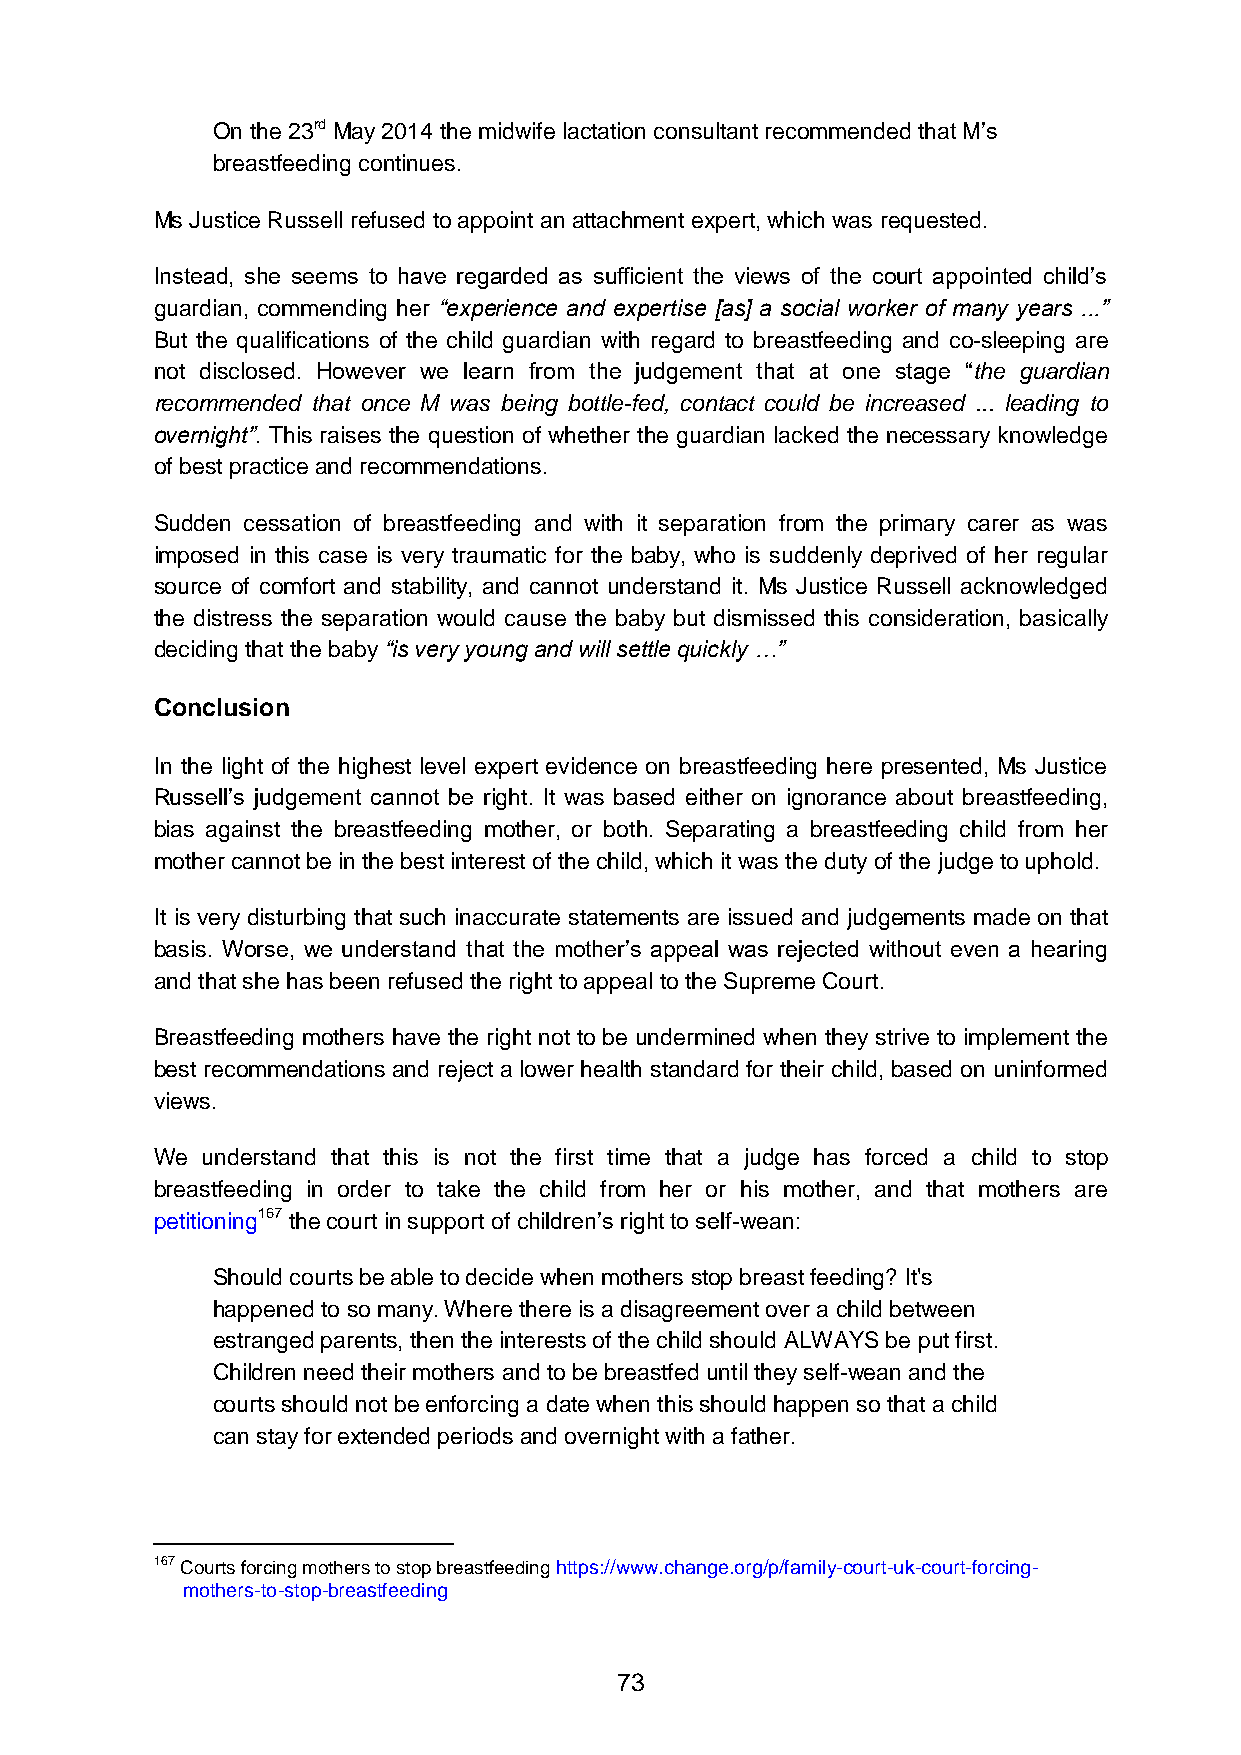
On the 23rd May 2014 the midwife lactation consultant recommended that M’s
 breastfeeding continues.
 Ms Justice Russell refused to appoint an attachment expert, which was requested.
 Instead, she seems to have regarded as sufficient the views of the court appointed child’s
 guardian, commending her “experience and expertise [as] a social worker of many years ...”
 But the qualifications of the child guardian with regard to breastfeeding and co-sleeping are
 not disclosed. However we learn from the judgement that at one stage “the guardian
 recommended that once M was being bottle-fed, contact could be increased ... leading to
 overnight”. This raises the question of whether the guardian lacked the necessary knowledge
 of best practice and recommendations.
 Sudden cessation of breastfeeding and with it separation from the primary carer as was
 imposed in this case is very traumatic for the baby, who is suddenly deprived of her regular
 source of comfort and stability, and cannot understand it. Ms Justice Russell acknowledged
 the distress the separation would cause the baby but dismissed this consideration, basically
 deciding that the baby “is very young and will settle quickly …”
 Conclusion
 In the light of the highest level expert evidence on breastfeeding here presented, Ms Justice
 Russell’s judgement cannot be right. It was based either on ignorance about breastfeeding,
 bias against the breastfeeding mother, or both. Separating a breastfeeding child from her
 mother cannot be in the best interest of the child, which it was the duty of the judge to uphold.
 It is very disturbing that such inaccurate statements are issued and judgements made on that
 basis. Worse, we understand that the mother’s appeal was rejected without even a hearing
 and that she has been refused the right to appeal to the Supreme Court.
 Breastfeeding mothers have the right not to be undermined when they strive to implement the
 best recommendations and reject a lower health standard for their child, based on uninformed
 views.
 We understand that this is not the first time that a judge has forced a child to stop
 breastfeeding in order to take the child from her or his mother, and that mothers are
 petitioning167 the court in support of children’s right to self-wean:
 Should courts be able to decide when mothers stop breast feeding? It's
 happened to so many. Where there is a disagreement over a child between
 estranged parents, then the interests of the child should ALWAYS be put first.
 Children need their mothers and to be breastfed until they self-wean and the
 courts should not be enforcing a date when this should happen so that a child
 can stay for extended periods and overnight with a father.
 167 Courts forcing mothers to stop breastfeeding https://www.change.org/p/family-court-uk-court-forcing-
 mothers-to-stop-breastfeeding
 73